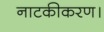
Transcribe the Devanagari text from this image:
नाटकीकरण।